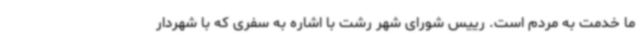
ما خدمت به مردم است. رییس شورای شهر رشت با اشاره به سفری که با شهردار